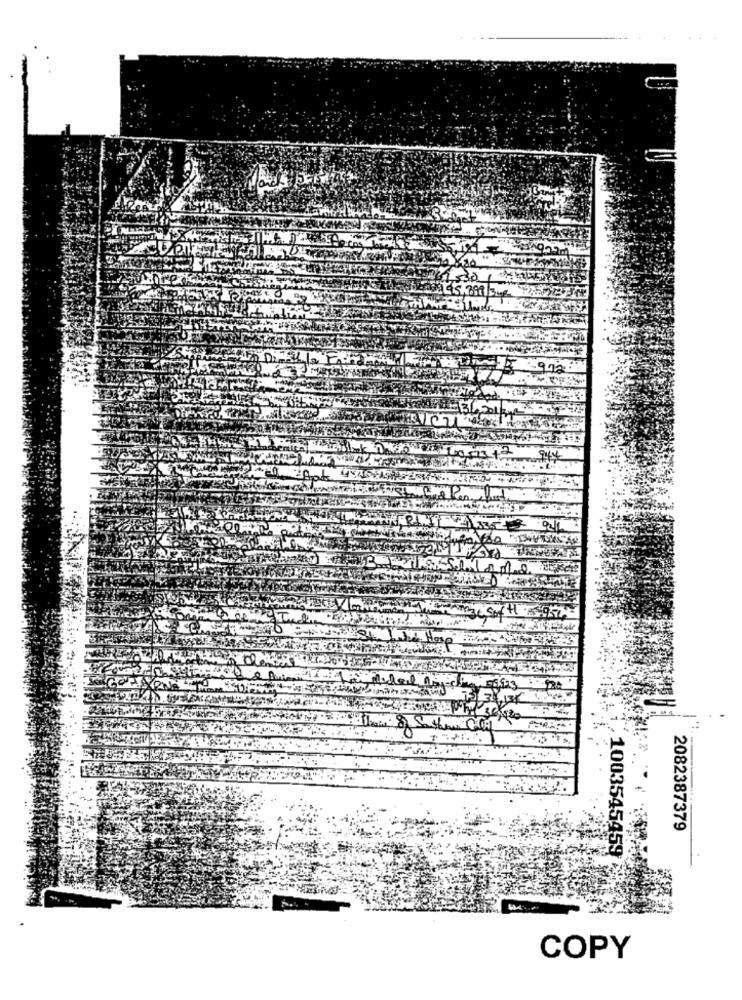
2082387379
1003545459
COPY